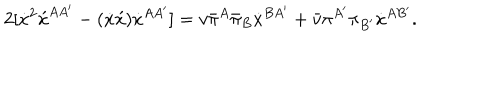
2 [ \dot { x } ^ { 2 } \acute { x } ^ { A A ^ { \prime } } - ( \dot { x } \acute { x } ) \dot { x } ^ { A A ^ { \prime } } ] = v \bar { \pi } ^ { A } \bar { \pi } _ { B } \dot { x } ^ { B A ^ { \prime } } + \bar { v } \pi ^ { A ^ { \prime } } \pi _ { B ^ { \prime } } \dot { x } ^ { A B ^ { \prime } } .